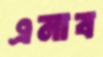
এনাব